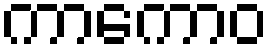
ကာကောဝ